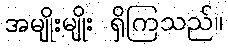
အမျိုးမျိုး ရှိကြသည်။